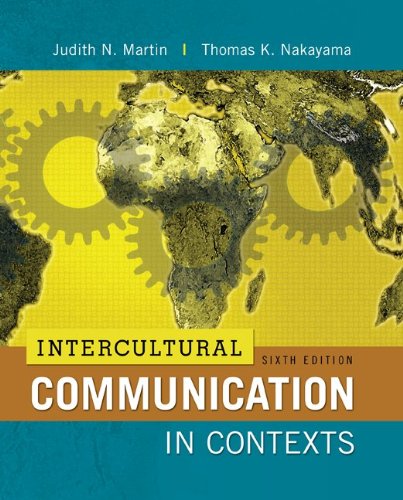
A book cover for Intercultural Communication in Contexts, 6th Edition; Judith Martin; Politics & Social Sciences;